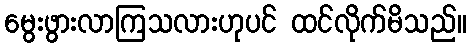
မွေးဖွားလာကြသလားဟုပင် ထင်လိုက်မိသည်။